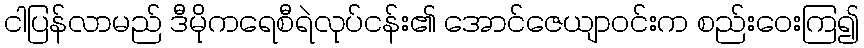
ငါပြန်လာမည် ဒီမိုကရေစီရဲလုပ်ငန်း၏ အောင်ဇေယျာဝင်းက စည်းဝေးကြ၍